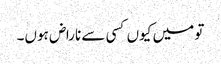
تو میں کیوں کسی سے ناراض ہوں۔